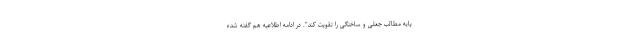
پایه مطالب جعلی و ساختگی را تقویت کند". در ادامه اطلاعیه هم گفته شده